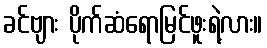
ခင်ဗျား ပိုက်ဆံရောမြင်ဖူးရဲ့လား။